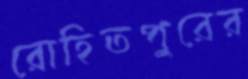
রোহিতপুরের